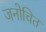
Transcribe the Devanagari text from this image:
जनोचित